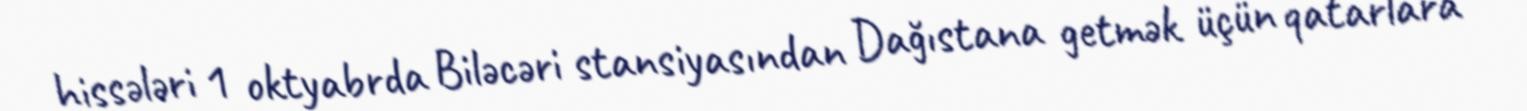
hissələri 1 oktyabrda Biləcəri stansiyasından Dağıstana getmək üçün qatarlara